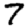
Digit: 7